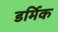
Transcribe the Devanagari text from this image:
डर्मिक